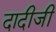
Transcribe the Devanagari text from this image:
दादीजी